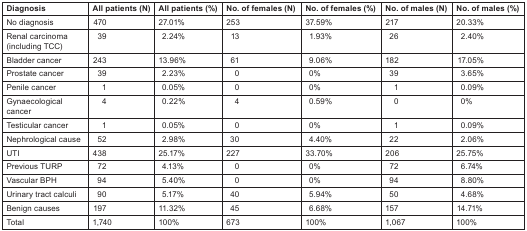
<table><thead><tr><td><b>Diagnosis</b></td><td><b>All patients (N)</b></td><td><b>All patients (%)</b></td><td><b>No. of females (N)</b></td><td><b>No. of females (%)</b></td><td><b>No. of males (N)</b></td><td><b>No. of males (%)</b></td></tr></thead><tbody><tr><td>No diagnosis</td><td>470</td><td>27.01%</td><td>253</td><td>37.59%</td><td>217</td><td>20.33%</td></tr><tr><td>Renal carcinoma (including TCC)</td><td>39</td><td>2.24%</td><td>13</td><td>1.93%</td><td>26</td><td>2.40%</td></tr><tr><td>Bladder cancer</td><td>243</td><td>13.96%</td><td>61</td><td>9.06%</td><td>182</td><td>17.05%</td></tr><tr><td>Prostate cancer</td><td>39</td><td>2.23%</td><td>0</td><td>0%</td><td>39</td><td>3.65%</td></tr><tr><td>Penile cancer</td><td>1</td><td>0.05%</td><td>0</td><td>0%</td><td>1</td><td>0.09%</td></tr><tr><td>Gynaecological cancer</td><td>4</td><td>0.22%</td><td>4</td><td>0.59%</td><td>0</td><td>0%</td></tr><tr><td>Testicular cancer</td><td>1</td><td>0.05%</td><td>0</td><td>0%</td><td>1</td><td>0.09%</td></tr><tr><td>Nephrological cause</td><td>52</td><td>2.98%</td><td>30</td><td>4.40%</td><td>22</td><td>2.06%</td></tr><tr><td>UTI</td><td>438</td><td>25.17%</td><td>227</td><td>33.70%</td><td>206</td><td>25.75%</td></tr><tr><td>Previous TURP</td><td>72</td><td>4.13%</td><td>0</td><td>0%</td><td>72</td><td>6.74%</td></tr><tr><td>Vascular BPH</td><td>94</td><td>5.40%</td><td>0</td><td>0%</td><td>94</td><td>8.80%</td></tr><tr><td>Urinary tract calculi</td><td>90</td><td>5.17%</td><td>40</td><td>5.94%</td><td>50</td><td>4.68%</td></tr><tr><td>Benign causes</td><td>197</td><td>11.32%</td><td>45</td><td>6.68%</td><td>157</td><td>14.71%</td></tr><tr><td>Total</td><td>1,740</td><td>100%</td><td>673</td><td>100%</td><td>1,067</td><td>100%</td></tr></tbody></table>